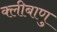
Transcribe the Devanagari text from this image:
क्लीबाणु